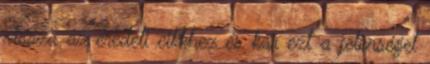
vissza az eredeti cikkhez és kár ezt a jelenséget